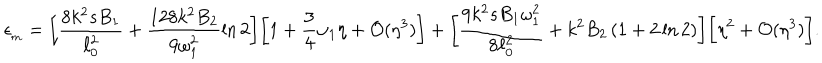
\epsilon _ { _ \mathrm { m } } = \biggl [ \frac { 8 k ^ { 2 } s B _ { 1 } } { \ell _ { 0 } ^ { 2 } } + \frac { 1 2 8 k ^ { 2 } B _ { 2 } } { 9 \omega _ { 1 } ^ { 2 } } \ln 2 \biggr ] \biggl [ 1 + \frac { 3 } { 4 } \omega _ { 1 } \eta + { \cal O } ( \eta ^ { 3 } ) \biggr ] + \biggl [ \frac { 9 k ^ { 2 } s B _ { 1 } \omega _ { 1 } ^ { 2 } } { 8 \ell _ { 0 } ^ { 2 } } + k ^ { 2 } B _ { 2 } \left( 1 + 2 \ln 2 \right) \biggr ] \biggr [ \eta ^ { 2 } + { \cal O } ( \eta ^ { 3 } ) \biggr ] .